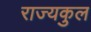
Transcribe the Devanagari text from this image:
राज्यकुल